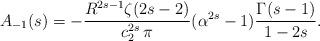
LaTeX: \begin{align*}A_{-1}(s)=-\frac{R^{2 s-1}\zeta(2s-2)}{c^{2s}_2\,\pi}(\alpha^{2 s}-1)\frac{\Gamma(s-1)}{1-2s}.\end{align*}